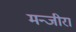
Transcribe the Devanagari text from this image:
मन्जीरा